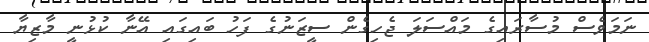
ނަމަވެސް މުސާރައިގެ މައްސަލަ ޖެހިގެން ސީޒަނުގެ ފަހު ބައިގައި އޭނާ ކުޅުނީ މާޒިޔާ